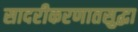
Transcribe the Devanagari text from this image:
सादरीकरणातसुद्धा